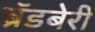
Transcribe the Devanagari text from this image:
ब्रॅडबेरी